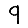
Digit: 9